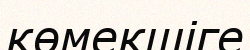
көмекшіге